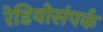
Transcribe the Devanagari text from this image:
रेडियोसंपर्क